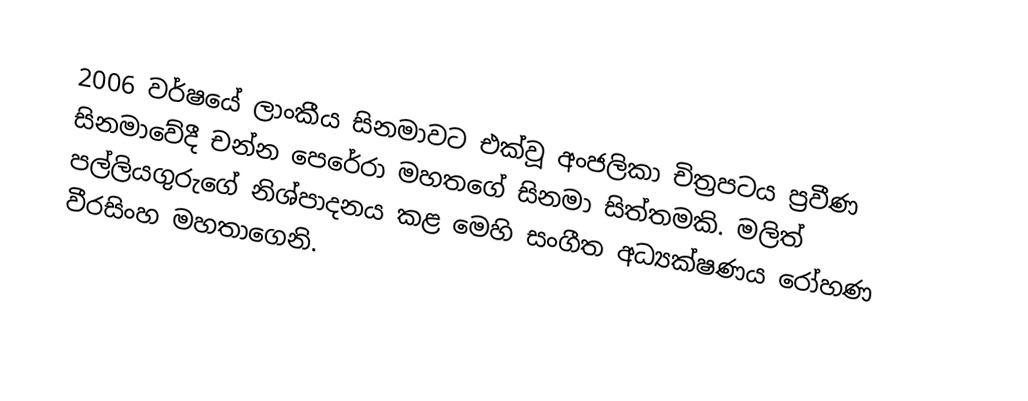
2006 වර්ෂයේ ලාංකීය සිනමාවට එක්වූ අංජලිකා චිත්‍රපටය ප්‍රවීණ සිනමාවේදී චන්න පෙරේරා මහතගේ සිනමා සිත්තමකි. මලිත් පල්ලියගුරුගේ නිශ්පාදනය කළ මෙහි සංගීත අධ්‍යක්ෂණය රෝහණ වීරසිංහ මහතාගෙනි.